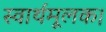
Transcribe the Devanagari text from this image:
स्वार्थमूलक।